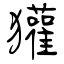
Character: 獾